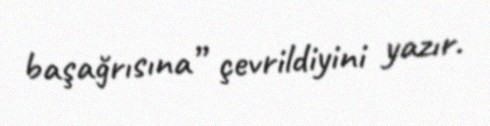
başağrısına” çevrildiyini yazır.